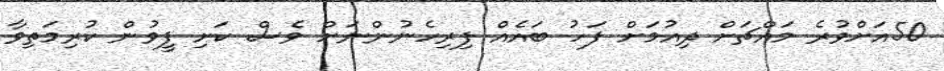
50އަށްވުރެ މައްޗަށް ދިއުމަށް ފަހު ބައެއް ފިރިހެނުންނަށް ވެސް ކަށި ފީވުން ކުރިމަތިވާ